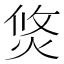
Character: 焂